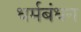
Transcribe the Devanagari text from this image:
धर्मबंधन